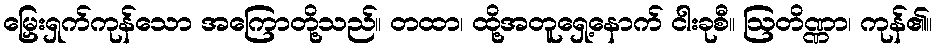
မြှေးရှက်ကုန်သော အကြောတို့သည်။ တထာ၊ ထို့အတူရှေ့နောက် ငါးခုစီ။ ဩတိဏ္ဏာ၊ ကုန်၏။